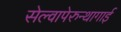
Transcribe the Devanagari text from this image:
सेल्वापेरुन्थागाई